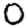
Digit: 0